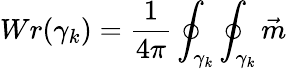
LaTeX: Wr(\gamma_{k})=\frac 1{4\pi}\oint_{\gamma_{k}}\oint_{\gamma_{k}}\vec{m}